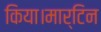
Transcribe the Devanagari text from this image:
किया।मार्टिन